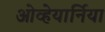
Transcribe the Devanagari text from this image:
ओव्हेयार्निया